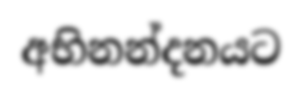
අභිනන්දනයට